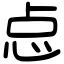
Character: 㤐